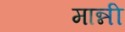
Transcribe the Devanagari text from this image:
मान्नी